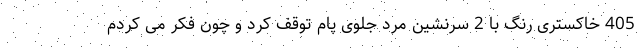
405 خاکستری رنگ با 2 سرنشین مرد جلوی پام توقف کرد و چون فکر می کردم